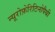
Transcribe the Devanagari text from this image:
न्यूरोफ़ेरिटिनोपैथी